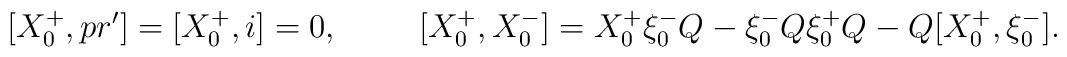
[X^+_0 , pr'] = [X^+_0 , i] =0,\hspace{1cm}[X^+_0 , X^-_0] = X_0^+ \xi^-_0 Q - \xi^-_0 Q \xi^+_0 Q - Q[X^+_0,\xi^-_0].